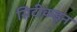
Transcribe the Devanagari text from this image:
सिटीकडून